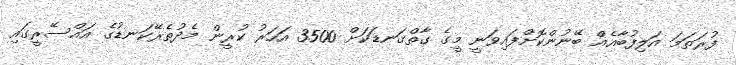
ފުރަތަމަ އަލިފުބާއެއް ބޭނުންކޮށްފައިވަނީ މީގެ ގާތްގަނޑަކަށް 3500 އަހަރު ކުރީން މެދުތެރޭކަނޑުގެ އައްސޭރީގައި